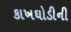
કાખઘોડીની